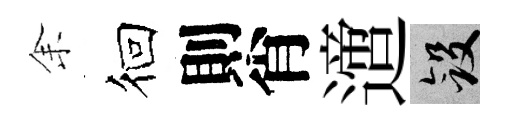
𪜬徊則肖𨗁斂